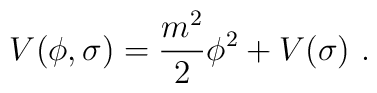
V(\phi, \sigma) = {m^2\over 2}\phi^2 + V(\sigma) \ .